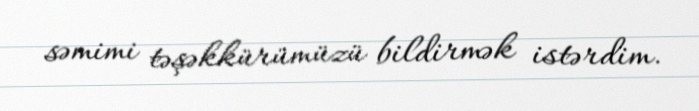
səmimi təşəkkürümüzü bildirmək istərdim.